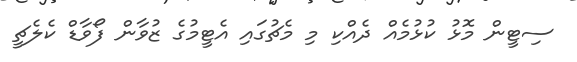
ސިޓީން މޮޅު ކުޅުމެއް ދެއްކި މި މެޗުގައި އެޓީމުގެ ޒުވާން ފޯވާޑް ކެލެޗީ